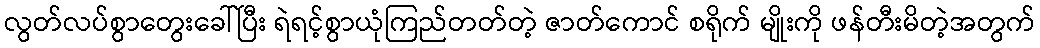
လွတ်လပ်စွာတွေးခေါ်ပြီး ရဲရင့်စွာယုံကြည်တတ်တဲ့ ဇာတ်ကောင် စရိုက် မျိုးကို ဖန်တီးမိတဲ့အတွက်